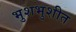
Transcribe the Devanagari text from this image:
भुशभुशीत